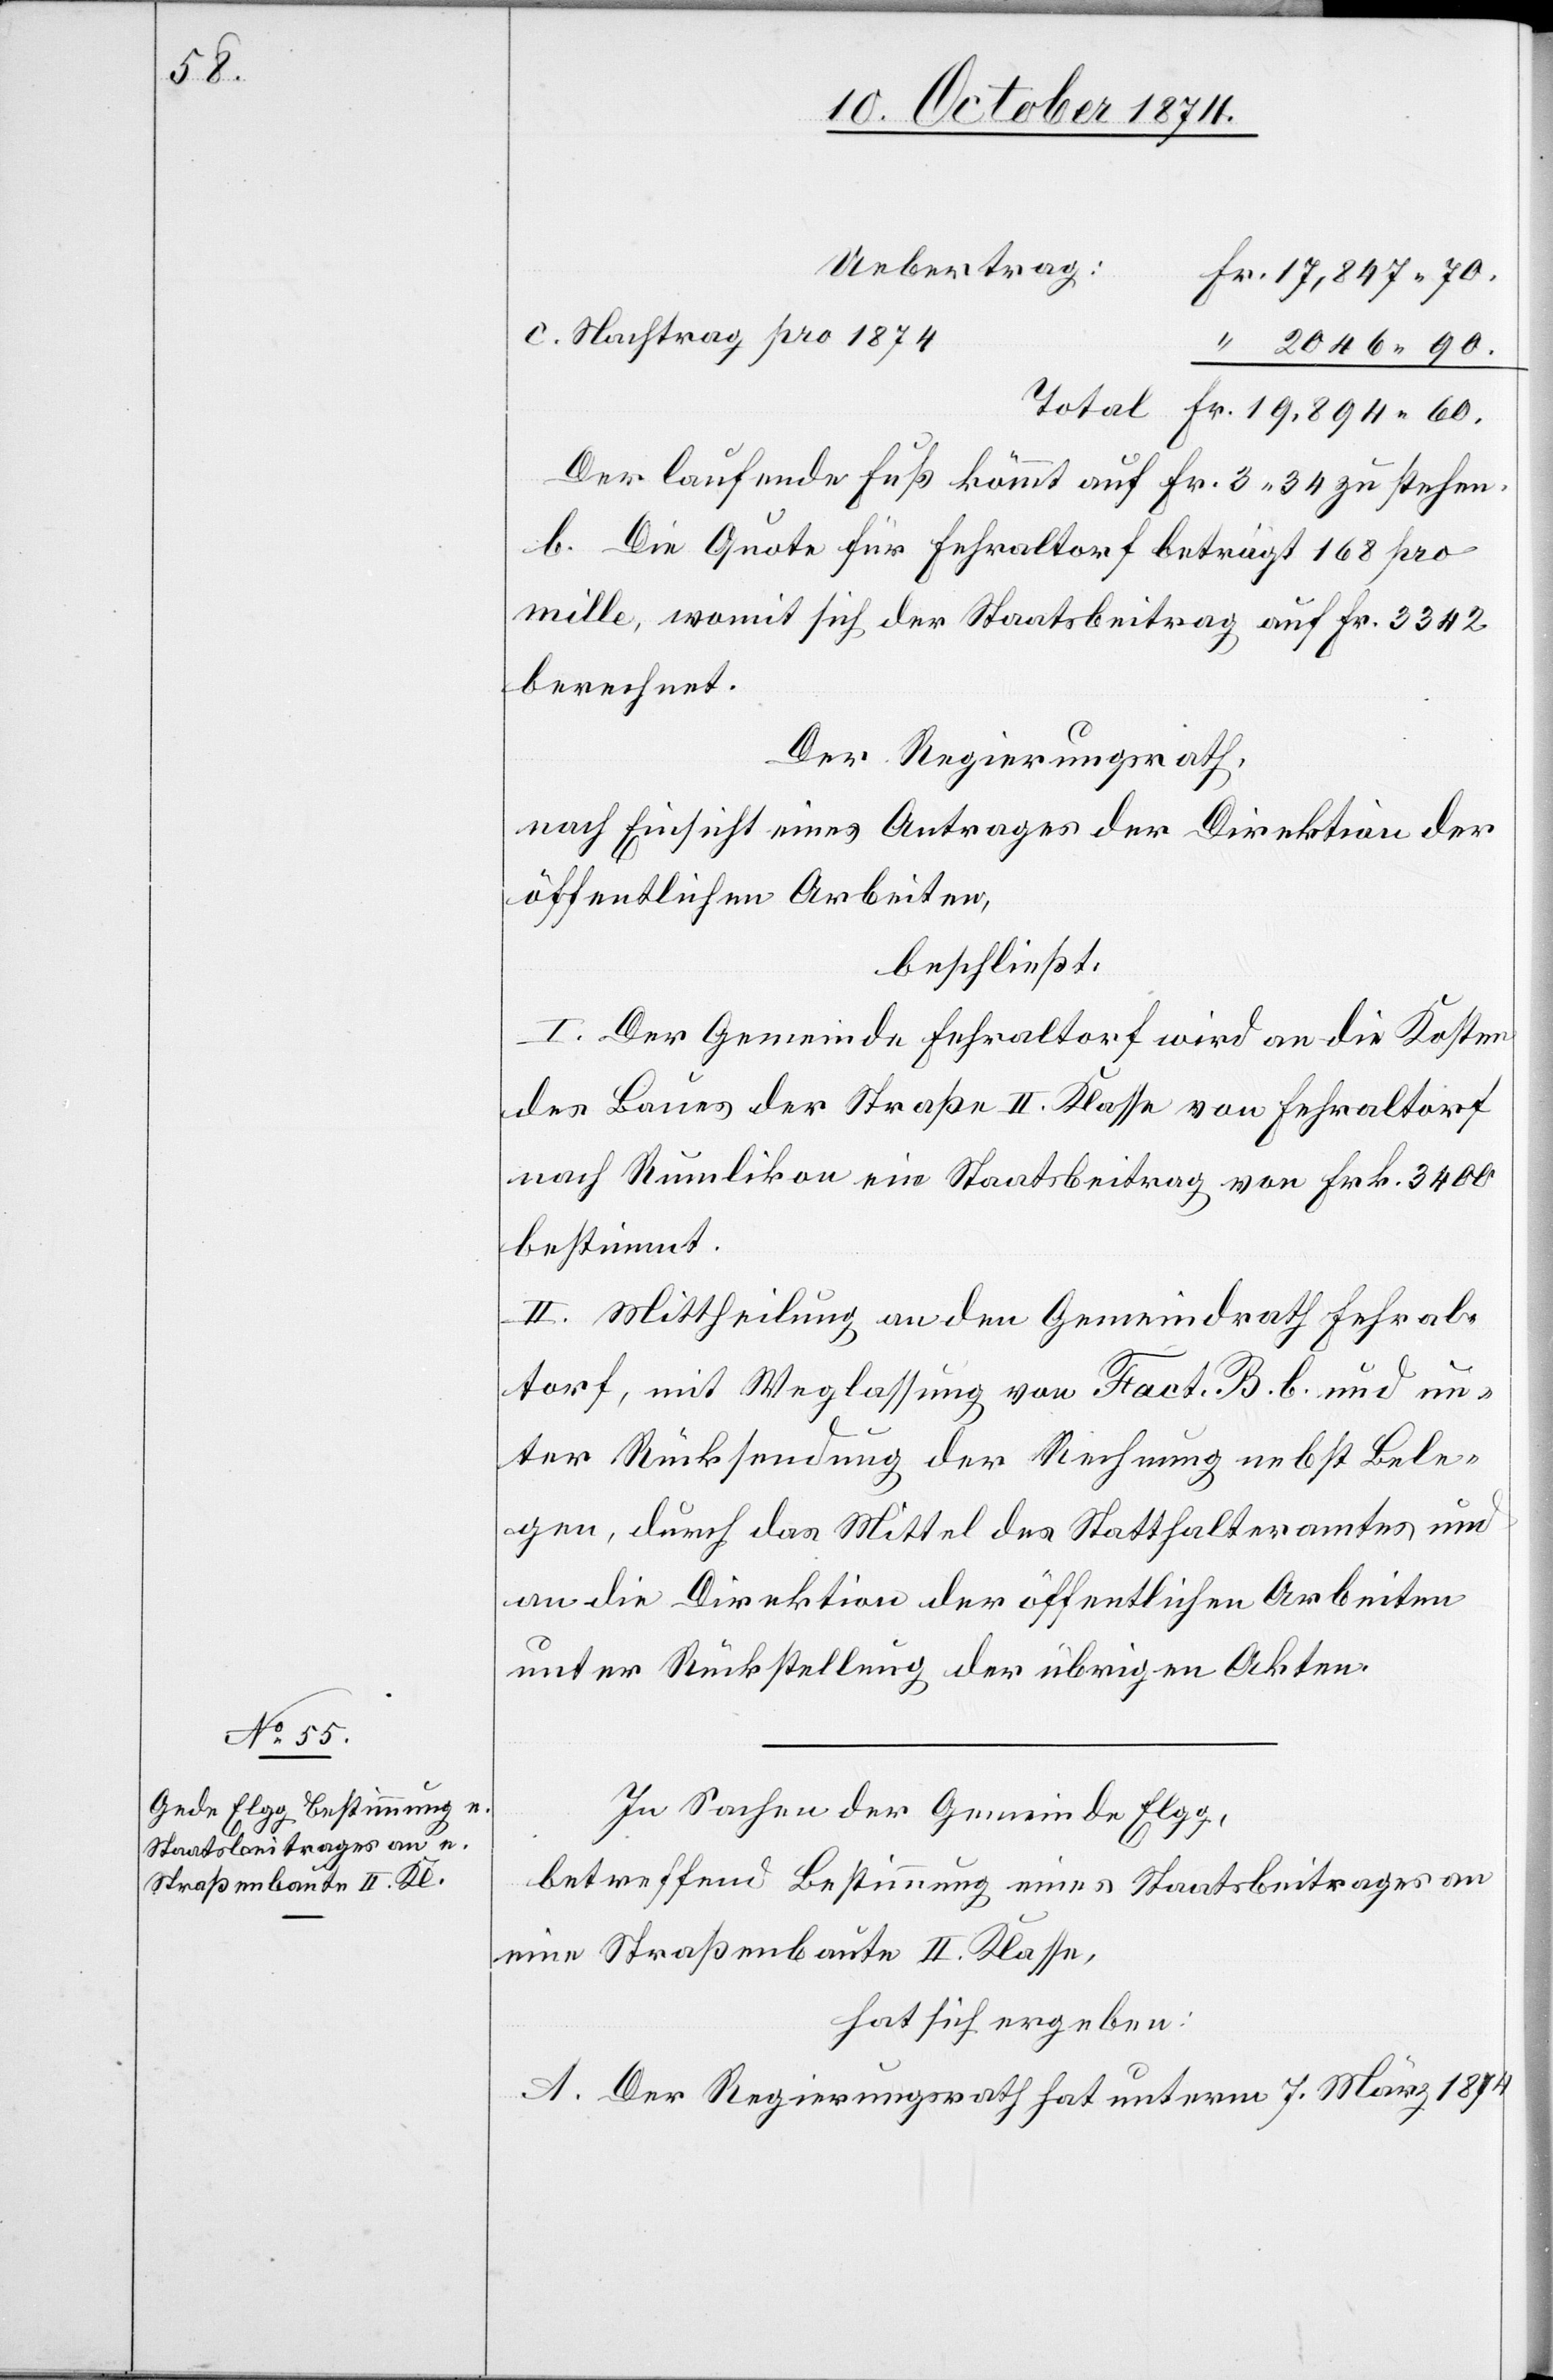
60.

Uebertrag
Der laufende Fuß kömmt auf Fr. 3.34 zu stehen.
b. Die Quote für Fehraltorf beträgt 168 pro
mille, womit sich der Staatsbeitrag auf Fr. 3342
berechnet.
Der Regierungsrath,
nach Einsicht eines Antrages der Direktion der
öffentlichen Arbeiten,
beschließt:
I. Der Gemeinde Fehraltorf wird an die Kosten
des Baues der Straße II. Klasse von Fehraltorf
nach Rumlikon ein Staatsbeitrag von Frk. 3400
bestimmt.
II. Mittheilung an den Gemeindrath Fehral¬
torf, mit Weglassung von Fact. B. b. und un¬
ter Rücksendung der Rechnung nebst Bele¬
gen, durch das Mittel des Statthalteramtes und
an die Direktion der öffentlichen Arbeiten
unter Rückstellung der übrigen Akten.
In Sachen der Gemeinde Elgg,
betreffend Bestimmung eines Staatsbeitrages an
eine Straßenbaute II. Klasse,
hat sich ergeben:
A. Der Regierungsrath hat unterm 7. März 1874